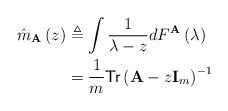
LaTeX: \begin{align*}\hat{m}_{\mathbf{A}}\left(z\right)& \triangleq \int \frac{1}{\lambda-z}dF^{\mathbf{A}}\left(\lambda\right) \\&= \frac{1}{m}\textsf{Tr}\left(\mathbf{A}-z \mathbf{I}_m\right)^{-1}\end{align*}